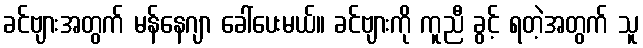
ခင်ဗျားအတွက် မန်နေဂျာ ခေါ်ပေးမယ်။ ခင်ဗျားကို ကူညီ ခွင့် ရတဲ့အတွက် သူ